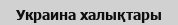
Украина халықтары